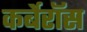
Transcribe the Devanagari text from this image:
कर्बेरॉस